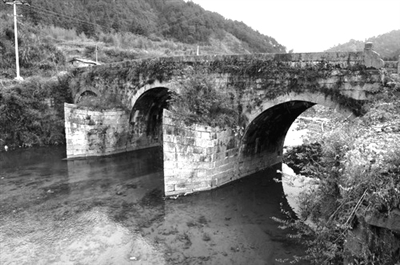
桑柘废来犹纳税，田园荒后尚征苗。